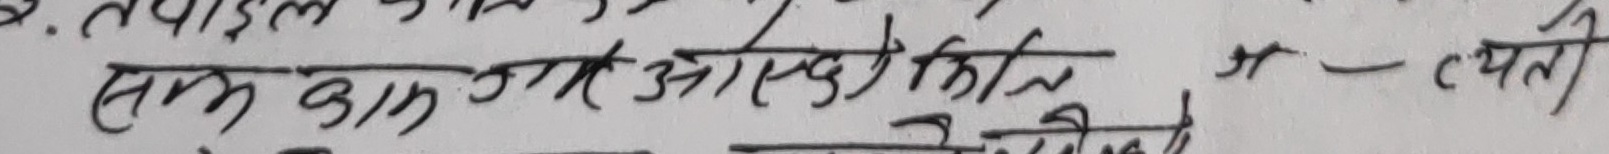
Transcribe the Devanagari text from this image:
सम काम गर्न आएको छ कि  – व्यक्ति